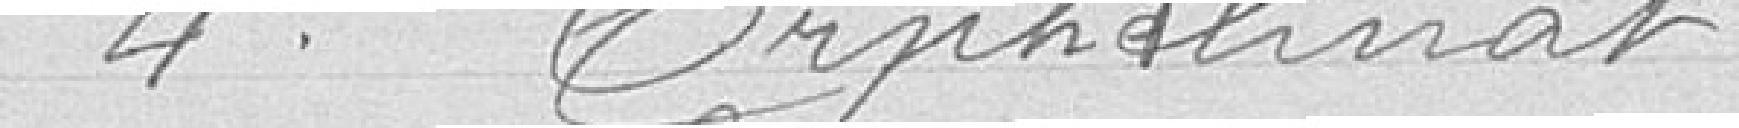
4° Orphelinat